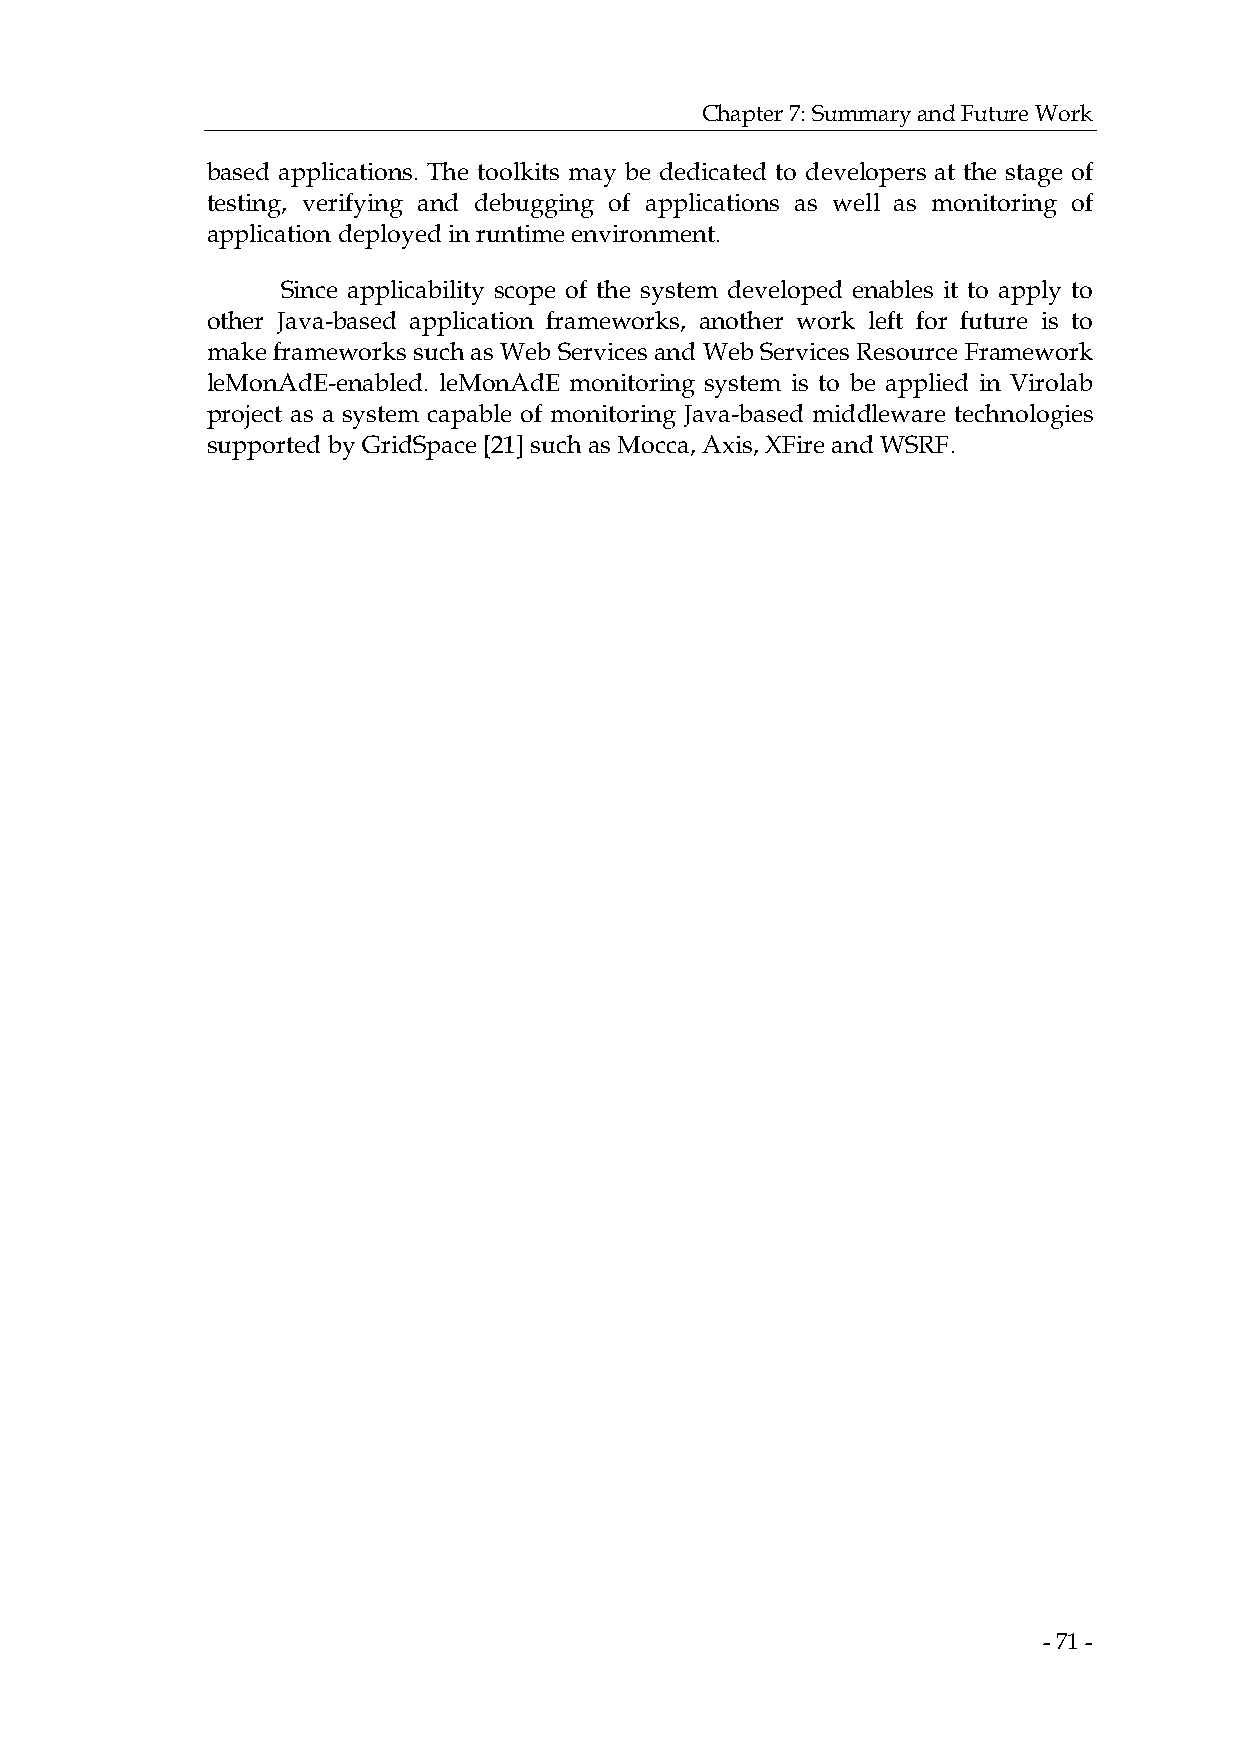
Chapter 7: Summary and Future Work
 based applications. The toolkits may be dedicated to developers at the stage of
 testing, verifying and debugging of applications as well as monitoring of
 application deployed in runtime environment.
 Since applicability scope of the system developed enables it to apply to
 other Java-based application frameworks, another work left for future is to
 make frameworks such as Web Services and Web Services Resource Framework
 leMonAdE-enabled. leMonAdE monitoring system is to be applied in Virolab
 project as a system capable of monitoring Java-based middleware technologies
 supported by GridSpace [21] such as Mocca, Axis, XFire and WSRF.
 - 71 -